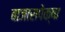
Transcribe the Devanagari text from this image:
बाजारापेक्षा